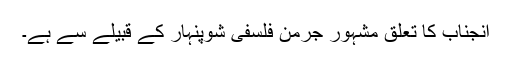
آنجناب کا تعلق مشہور جرمن فلسفی شوپنہار کے قبیلے سے ہے۔